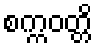
စက္ကဝတ္တိ